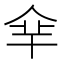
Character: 𠈾